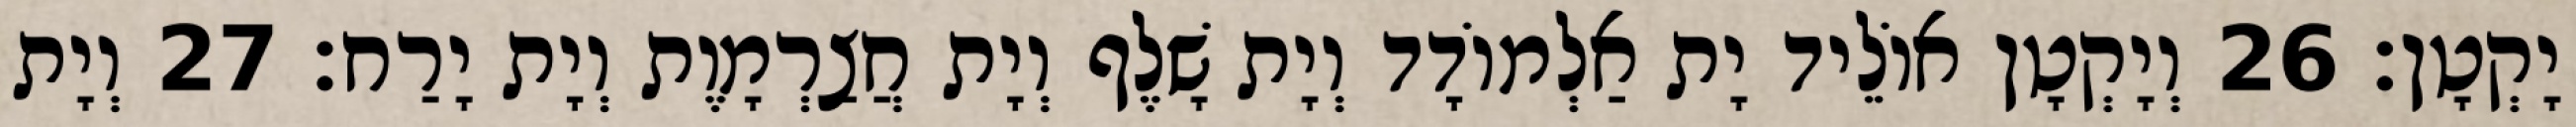
יָקְטָן׃ 26 וְיָקְטָן אוֹלֵיד יָת אַלְמוֹדָד וְיָת שָׁלֶף וְיָת חֲצַרְמָוֶת וְיָת יָרַח׃ 27 וְיָת